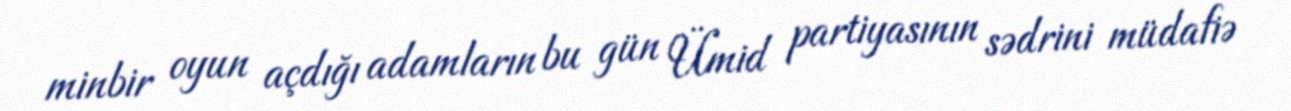
minbir oyun açdığı adamların bu gün Ümid partiyasının sədrini müdafiə